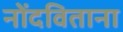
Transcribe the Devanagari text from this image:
नोंदविताना